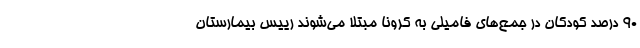
۹۰ درصد کودکان در جمع‌های فامیلی به کرونا مبتلا می‌شوند رییس بیمارستان